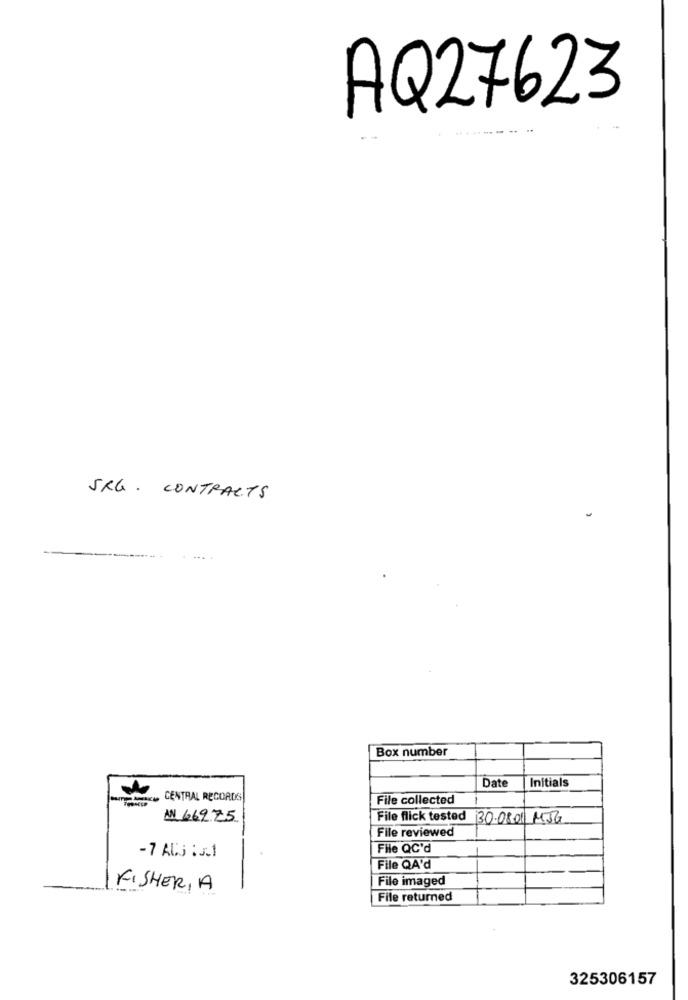
AQ27623
5KG. CONTRACTS
....
Box number
Date
Initials
PARA CENTRAL RECORDS
File collected
AN 66975
File flick tested 30.08.01 MIG
File reviewed
File QC'd
-7 AUS :J.1
File QA'd
File imaged
FISHER, A
File returned
325306157